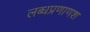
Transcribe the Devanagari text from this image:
लब्धप्रणाणश